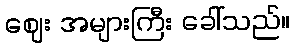
ဈေး အများကြီး ခေါ်သည်။